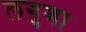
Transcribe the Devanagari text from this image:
लगुणा